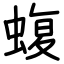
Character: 蝮